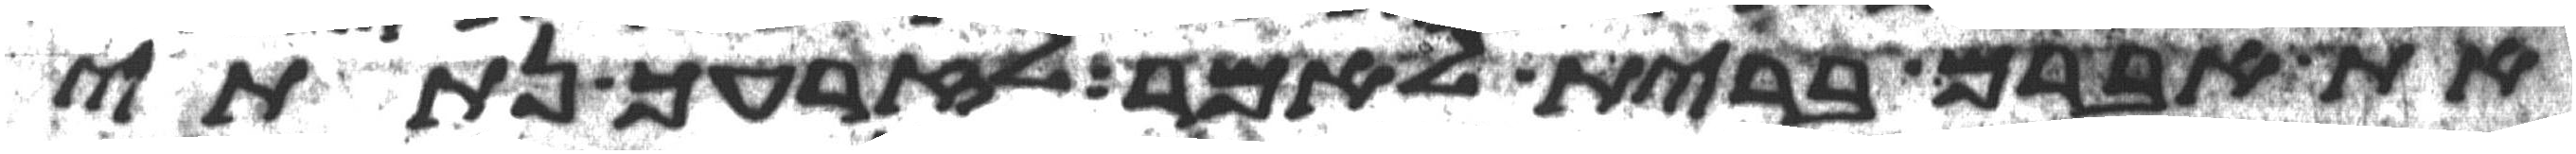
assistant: את אברם ברית לאמר לזרעך נתתי